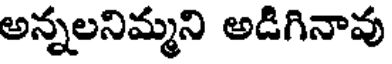
అన్నలనిమ్మని అడిగినావు